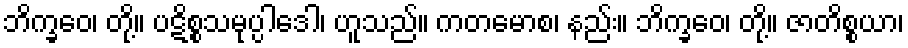
ဘိက္ခဝေ၊ တို့။ ပဋိစ္စသမုပ္ပါဒေါ၊ ဟူသည်။ ကတမောစ၊ နည်း။ ဘိက္ခဝေ၊ တို့။ ဇာတိစ္စယာ၊